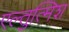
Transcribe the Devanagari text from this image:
एल्तुत्मिश